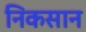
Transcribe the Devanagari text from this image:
निकसान